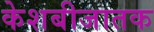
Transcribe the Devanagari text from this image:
केशबीजातक